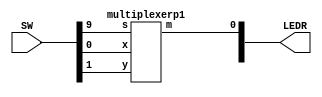
`timescale 1ns / 1ns // `timescale time_unit/time_precision

//SW[2:0] data inputs
//SW[9] select signals

//LEDR[0] output display

module part2(LEDR, SW);
    input [9:0] SW;
    output [9:0] LEDR;
	
	
	 multiplexerp1 testingmpp1(
	 .x(SW[0]),.y(SW[1]),.s(SW[9]), .m(LEDR[0]));

	 
//    v7432 testing_v7432(
//        .pin1(SW[0]),
//		  .pin3(SW[1]),
//		  .pin5(SW[2]),
//		  .pin9(SW[3]),
//		  .pin11(SW[4]),
//		  .pin13(SW[5]),
//        .pin2(LEDR[0]),
//        .pin4(LEDR[1]),
//        .pin6(LEDR[2]),
//        .pin8(LEDR[3]),
//        .pin10(LEDR[4]),
//        .pin12(LEDR[5])

//			.pin1(SW[0]),
//			.pin2(SW[1]),
//			.pin4(SW[2]),
//			.pin5(SW[3]),
//			.pin9(SW[4]),
//			.pin10(SW[5]),
//			.pin12(SW[6]),
//			.pin13(SW[7]),
//			.pin3(LEDR[0]),
//			.pin6(LEDR[1]),
//			.pin8(LEDR[2]),
//			.pin11(LEDR[3]),
//        );
endmodule

module multiplexerp1(input x, y, s,
							output m);
		wire w1, w2, w3;
		v7404 NOT(.pin1(s), .pin2(w1));
		v7408 AND(.pin1(x),.pin2(w1),.pin3(w2),.pin4(s),.pin5(y),.pin6(w3));
		v7432 OR(.pin1(w2),.pin2(w3),.pin3(m));
endmodule


module v7404(input pin1, pin3, pin5, pin9, pin11, pin13,
				output pin2, pin4, pin6, pin8, pin10, pin12);

  
    //assign output = ~input;

    assign pin2 = !pin1;
	 assign pin4 = !pin3;
	 assign pin6 = !pin5;
	 assign pin8 = !pin9;
	 assign pin10 = !pin11;
	 assign pin12 = !pin13;

endmodule

module v7408(input pin1, pin2, pin4, pin5,
				pin9, pin10, pin12, pin13,
				output pin3, pin6, pin8, pin11);

  
    //assign output = input1 & input2;

    assign pin3 = pin1 & pin2;
	 assign pin6 = pin4 & pin5;
	 assign pin8 = pin9 & pin10;
	 assign pin11 = pin12 & pin13;

endmodule


module v7432(input pin1, pin2, pin4, pin5, pin9, pin10, pin12, pin13,
				output pin3, pin6, pin8, pin11);

  
    //assign output = input1 | input2;

    assign pin3 = pin1 | pin2;
	 assign pin6 = pin4 | pin5;
	 assign pin8 = pin9 | pin10;
	 assign pin11 = pin12 | pin13;

endmodule